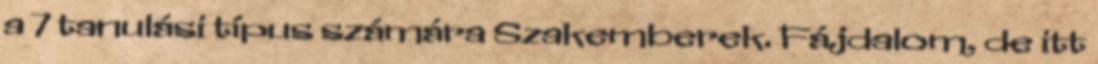
a 7 tanulási típus számára Szakemberek. Fájdalom, de itt